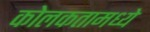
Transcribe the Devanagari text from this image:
कोलकतामध्ये